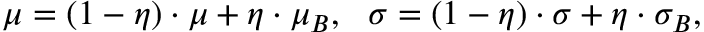
\begin{array} { r } { \mu = ( 1 - \eta ) \cdot \mu + \eta \cdot \mu _ { B } , ~ ~ \sigma = ( 1 - \eta ) \cdot \sigma + \eta \cdot \sigma _ { B } , } \end{array}